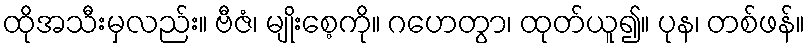
ထိုအသီးမှလည်း။ ဗီဇံ၊ မျိုးစေ့ကို။ ဂဟေတွာ၊ ထုတ်ယူ၍။ ပုန၊ တစ်ဖန်။